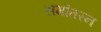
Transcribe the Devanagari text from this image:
समांतरन